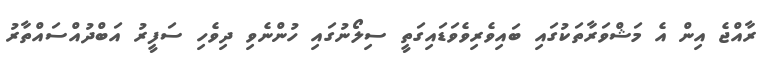
ރާއްޖެ އިން އެ މަޝްވަރާތަކުގައި ބައިވެރިވެވަޑައިގަތީ ސިލޯނުގައި ހުންނެވި ދިވެހި ސަފީރު އަބްދުއްސައްތާރު